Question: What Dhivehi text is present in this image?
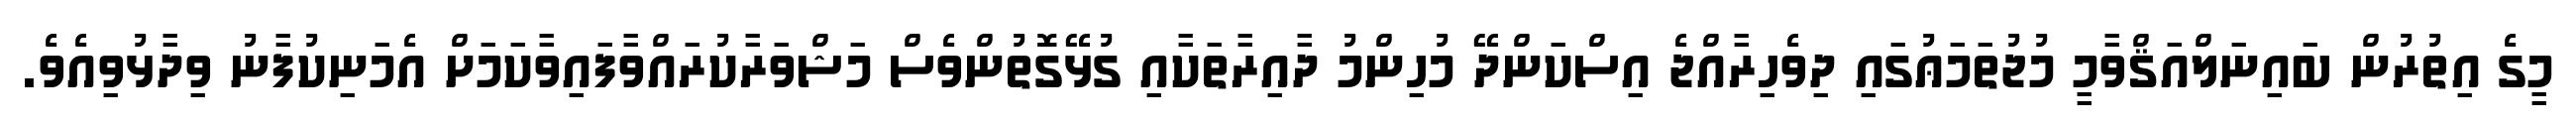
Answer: މީގެ އިތުރުން ބައިނަލްއަޤްވާމީ މުޖުތަމަޢުގައި ދިވެހިރާއްޖެ އިސްކަންދޭ މުހިންމު ދާއިރާތަކާއި ގުޅޭގޮތުންވެސް މަޝްވަރާކުރައްވާފައިވާކަމަށް އެމަނިކުފާނު ވިދާޅުވިއެވެ.